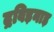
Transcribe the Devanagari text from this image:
द्रविड़नाड़